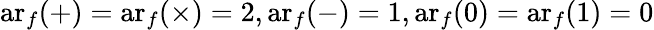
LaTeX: \operatorname{ar}_{f}(+)=\operatorname{ar}_{f}(\times)=2,\operatorname{ar}_{f}(-)=1,\operatorname{ar}_{f}(0)=\operatorname{ar}_{f}(1)=0